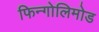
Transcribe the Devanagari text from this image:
फिन्गोलिमोड